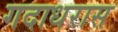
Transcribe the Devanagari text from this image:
गदाधरास